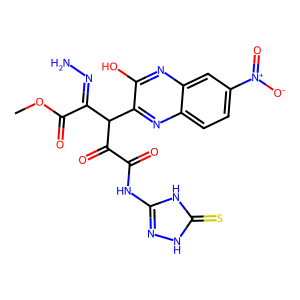
SMILES: COC(=O)C(=NN)C(C(=O)C(=O)Nc1n[nH]c(=S)[nH]1)c1nc2ccc([N+](=O)[O-])cc2nc1O
Inhibits HIV replication: No